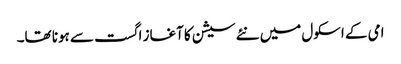
امی کے اسکول میں نئے سیشن کا آغاز اگست سے ہونا تھا۔